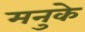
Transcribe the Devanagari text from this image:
मनुके